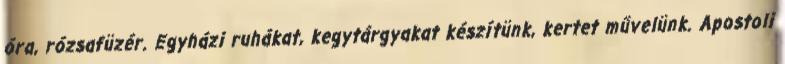
óra, rózsafüzér. Egyházi ruhákat, kegytárgyakat készítünk, kertet művelünk. Apostoli